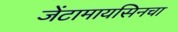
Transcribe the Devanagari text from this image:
जेंटामायसिनचा